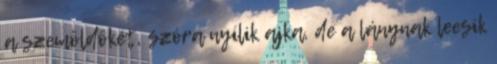
a szemöldökét, szóra nyílik ajka, de a lánynak leesik